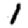
Digit: 1